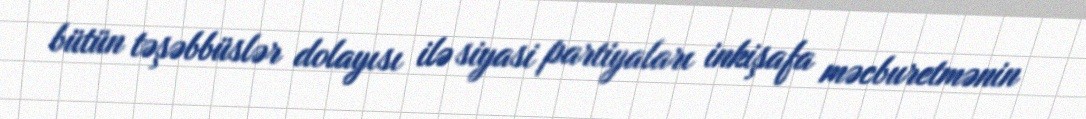
bütün təşəbbüslər dolayısı ilə siyasi partiyaları inkişafa məcburetmənin